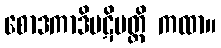
စောဒကာဒိပဋိပတ္တိ ကထာ။